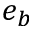
e _ { b }